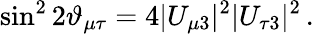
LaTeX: \sin^{2}2\vartheta_{\mu\tau}=4|U_{\mu 3}|^{2}|U_{\tau 3}|^{2}\, .